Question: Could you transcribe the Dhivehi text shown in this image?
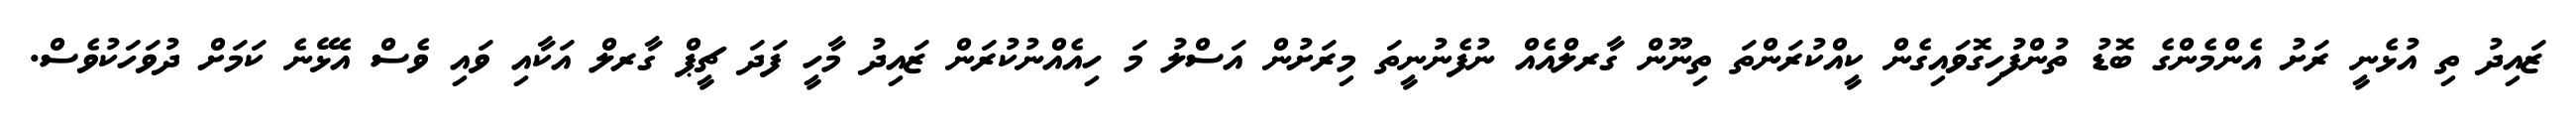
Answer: ޒައިދު ތި އުޅެނީ ރަށު އެންމެންގެ ބޮޑު ތުންފުހިގޮވައިގެން ކީއްކުރަންތަ ތިނޫން ގާރލްއެއް ނުފެނުނީތަ މިރަށުން އަސްލު މަ ހިއެއްނުކުރަން ޒައިދު މާހީ ފަދަ ޗީޕް ގާރލް އަކާއި ވައި ވެސް އެޅޭނެ ކަމަށް ދުވަހަކުވެސް.